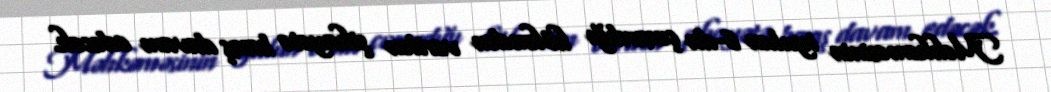
Məhkəməsinin iyulun 6-da çıxardığı hökmdən verilən şikayətə baxış davam edəcək.